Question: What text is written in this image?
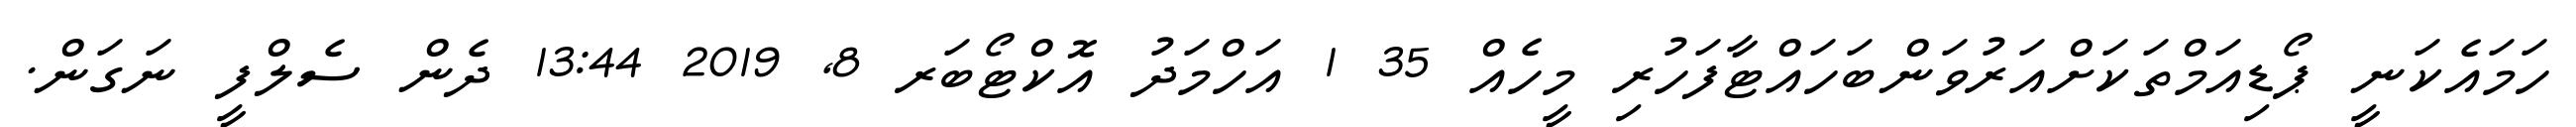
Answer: ހަމައެކަނީ ޕޯޑިއަމްތަކަށްއަރުވަންބަހައްޓާފަހުރި މީހެއް 35 1 އަހްމަދު އޮކްޓޯބަރ 8, 2019 13:44 ދެން ސެލްފީ ނަގަން.